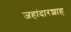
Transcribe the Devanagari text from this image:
जहांदारशाह